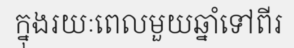
ក្នុងរយៈពេលមួយឆ្នាំទៅពីរ